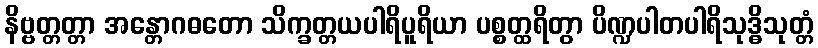
နိဗ္ဗတ္တတ္တာ အန္တောဂဓတော သိက္ခတ္တယပါရိပူရိယာ ပစ္စတ္ထရိတွာ ပိဏ္ဍပါတပါရိသုဒ္ဓိသုတ္တံ